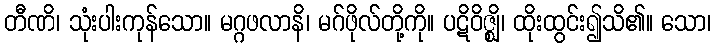
တီဏိ၊ သုံးပါးကုန်သော။ မဂ္ဂဖလာနိ၊ မဂ်ဖိုလ်တို့ကို။ ပဋိဝိဇ္ဈိ၊ ထိုးထွင်း၍သိ၏။ သော၊